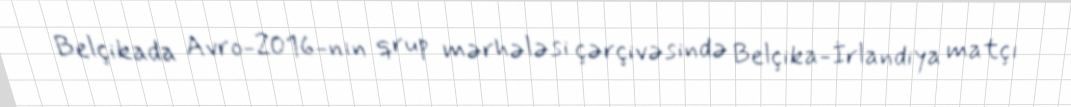
Belçikada Avro-2016-nın qrup mərhələsi çərçivəsində Belçika-İrlandiya matçı